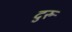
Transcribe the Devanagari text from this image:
दुरु